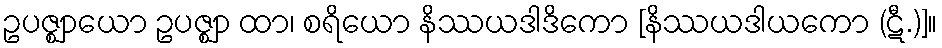
ဥပဇ္ဈာယော ဥပဇ္ဈာ ထာ၊ စရိယော နိဿယဒါဒိကော [နိဿယဒါယကော (ဋီ.)]။